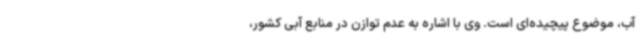
آب، موضوع پیچیده‌ای است. وی با اشاره به عدم توازن در منابع آبی کشور،